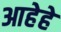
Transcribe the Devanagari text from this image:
आहेहे